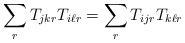
LaTeX: \begin{align*} \sum_{r}T_{jkr}T_{i\ell r} = \sum_{r}T_{ijr}T_{k\ell r}\end{align*}